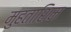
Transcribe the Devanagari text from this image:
मुहताशिम